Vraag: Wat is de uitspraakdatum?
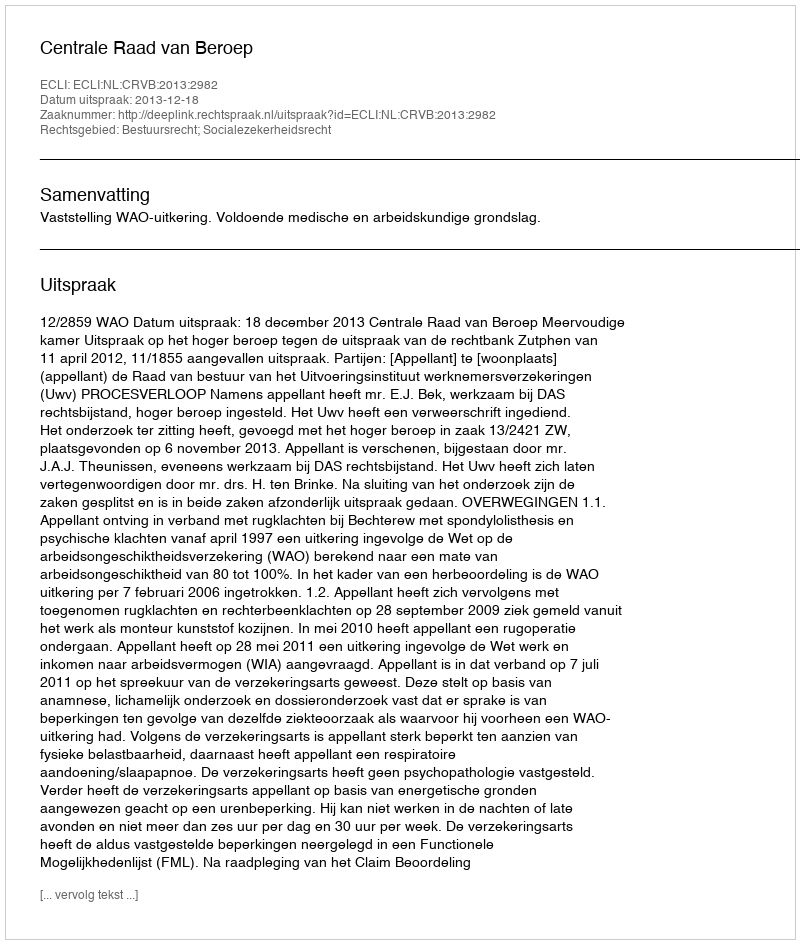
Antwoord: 2013-12-18